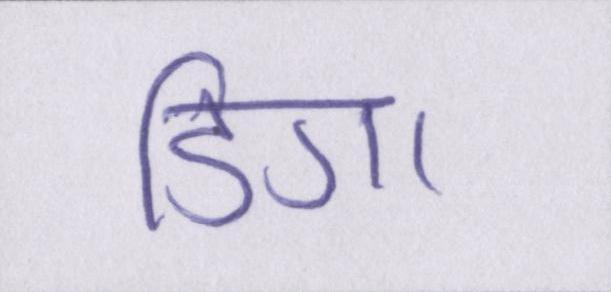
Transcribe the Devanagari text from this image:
डिगा